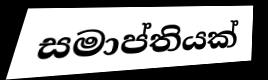
සමාප්තියක්